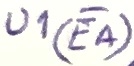
Text: U1(EA)